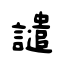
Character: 譴